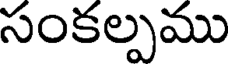
సంకల్పము